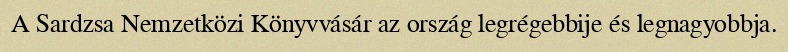
A Sardzsa Nemzetközi Könyvvásár az ország legrégebbije és legnagyobbja.